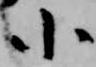
小